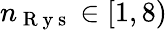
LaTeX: n_{\mathrm{~R~y~s~}}\in[1,8)